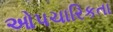
ઓપચારિકતા